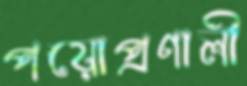
পয়োপ্রণালী